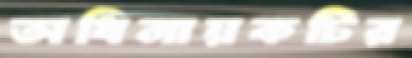
অধিনায়কটির